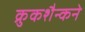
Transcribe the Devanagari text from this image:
क्रुकशैन्कने